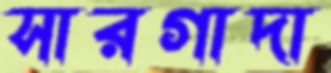
সারগাদা